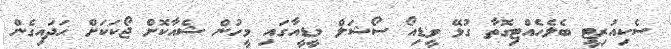
ސެކިއުރިޓީ ބެލެހެއްޓިގޮތާ ގުޅޭ ވީޑިއޯ ސޯޝަލް މީޑީއާގައި މީހުން ޝެއާކޮށް ޖޯކަކަށް ހަދައިގެން